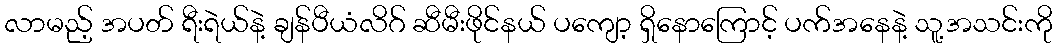
လာမည့် အပတ် ရီးရဲယ်နဲ့ ချန်ပီယံလိဂ် ဆီမီးဖိုင်နယ် ပကျော့ ရှိနောကြောင့် ပက်အနေနဲ့ သူ့အသင်းကို